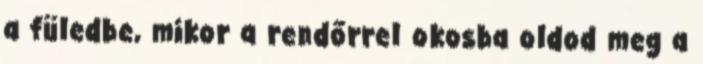
a füledbe, mikor a rendőrrel okosba oldod meg a